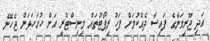
އަދި ޖޫރިމަނާގެ ފައިސާ ދެއްކުމަށް ފަހު ރިޕޯޓުތައް މިނިސްޓްރީ އަށް ހުށަހަޅަން ޖެހޭނެ